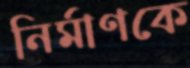
নির্মাণকে